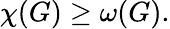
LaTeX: \chi(G)\geq\omega(G).